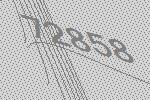
72858